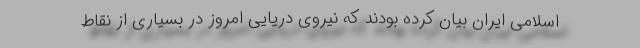
اسلامی ایران بیان کرده بودند که نیروی دریایی امروز در بسیاری از نقاط